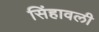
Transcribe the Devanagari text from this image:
सिंहावली